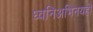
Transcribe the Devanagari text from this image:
ध्वनिअभिनयही